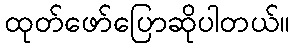
ထုတ်ဖော်ပြောဆိုပါတယ်။